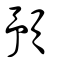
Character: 預